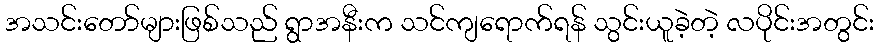
အသင်းတော်များဖြစ်သည် ရွာအနီးက သင်ကျရောက်ရန် သွင်းယူခဲ့တဲ့ လပိုင်းအတွင်း